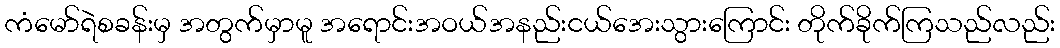
ကံမော်ရဲစခန်းမှ အတွက်မှာမူ အရောင်းအဝယ်အနည်းငယ်အေးသွားကြောင်း တိုက်ခိုက်ကြသည်လည်း